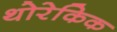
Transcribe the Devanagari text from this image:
थोरेकिक